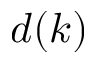
d ( k )